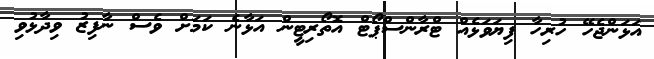
އަޅަންޖެހޭ ހުރިހާ ފިޔަވަޅެއް ޓްރާންސްޕޯޓް އޮތޯރިޓީން އަޅާނެ ކަމަށް ވެސް ނާފިޒު ވިދާޅުވި